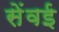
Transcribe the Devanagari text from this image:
सेंवई